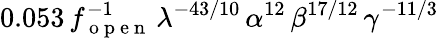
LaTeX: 0.053\, f_{\mathrm{~o~p~e~n~}}^{-1}\, \lambda^{-43/10}\, \alpha^{12}\, \beta^{17/12}\, \gamma^{-11/3}